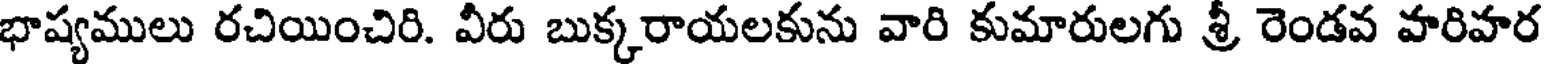
భాష్యములు రచియించిరి. వీరు బుక్కరాయలకును వారి కుమారులగు శ్రీ రెండవ హరిహర